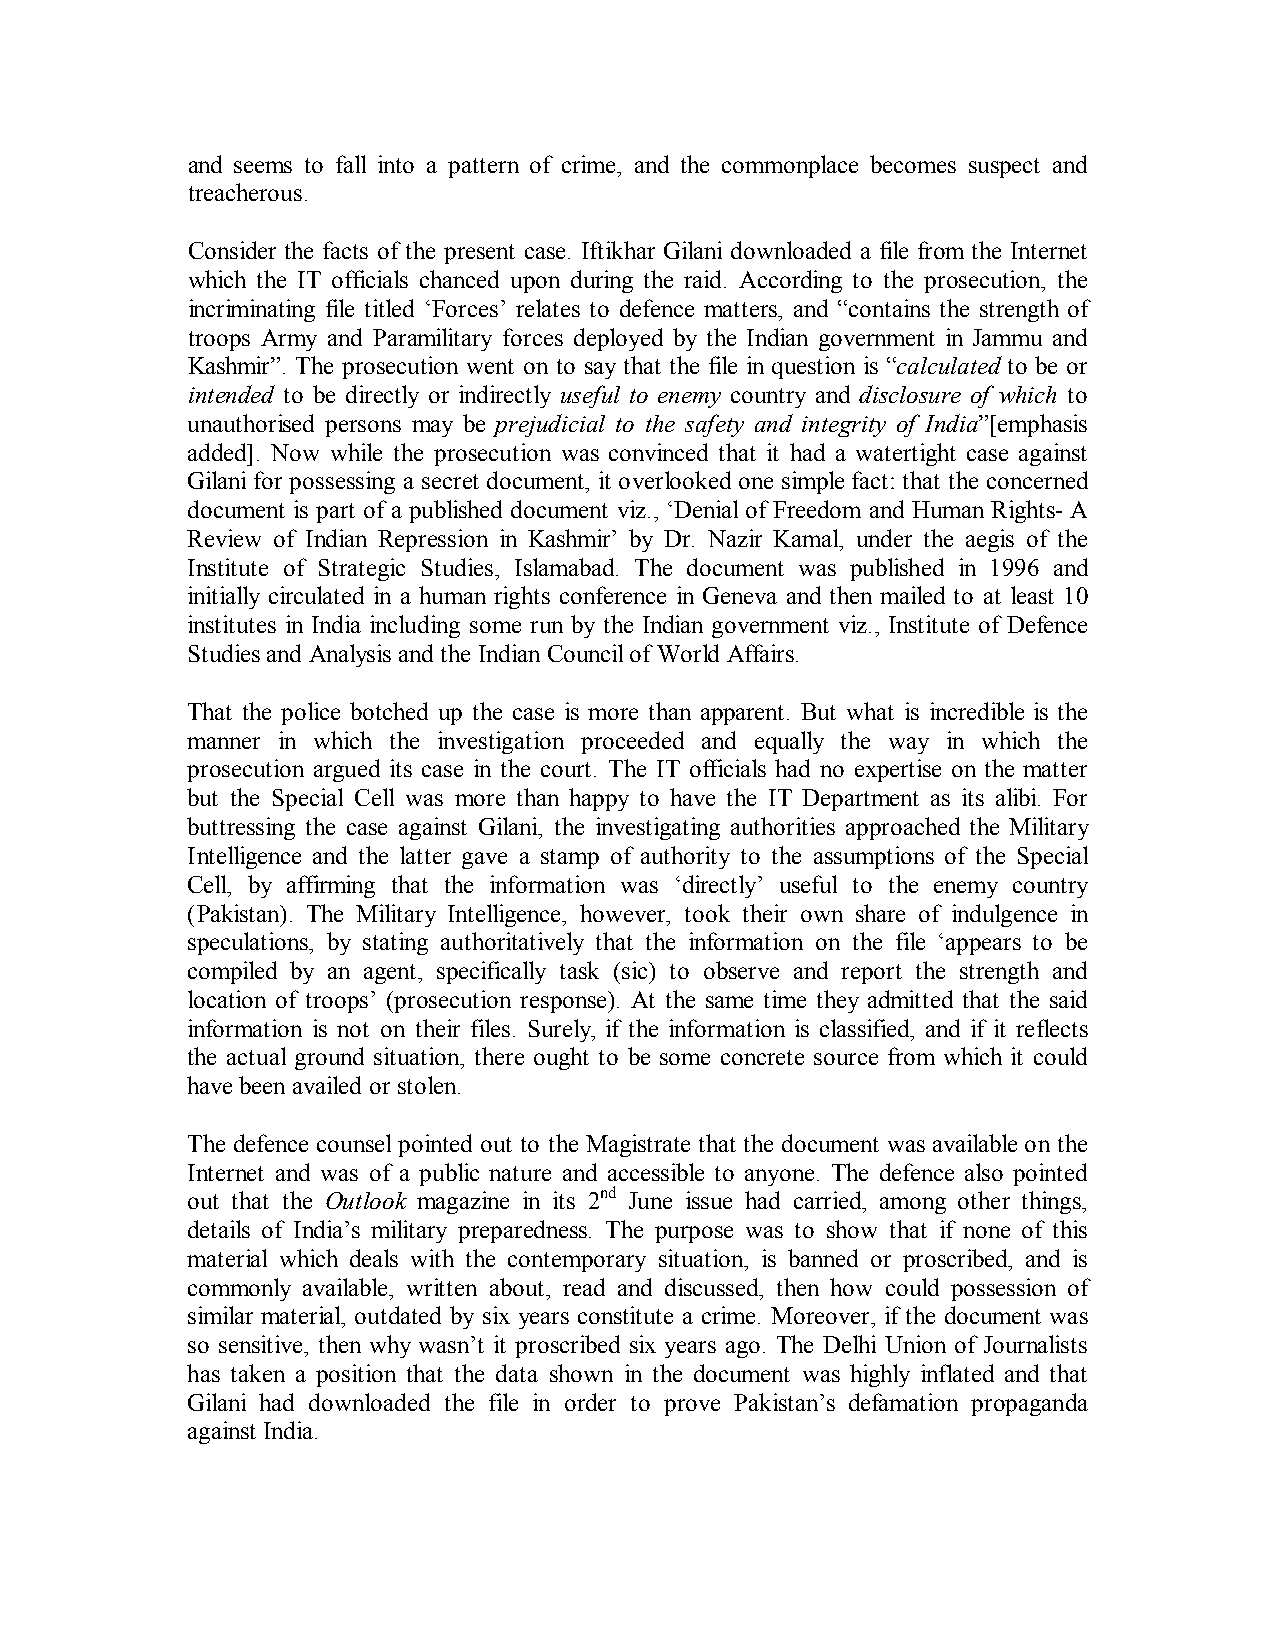
and seems to fall into a pattern of crime, and the commonplace becomes suspect and
 treacherous.
 Consider the facts of the present case. Iftikhar Gilani downloaded a file from the Internet
 which the IT officials chanced upon during the raid. According to the prosecution, the
 incriminating file titled ‘Forces’ relates to defence matters, and “contains the strength of
 troops Army and Paramilitary forces deployed by the Indian government in Jammu and
 Kashmir”. The prosecution went on to say that the file in question is “calculated to be or
 intended to be directly or indirectly useful to enemy country and disclosure of which to
 unauthorised persons may be prejudicial to the safety and integrity of India”[emphasis
 added]. Now while the prosecution was convinced that it had a watertight case against
 Gilani for possessing a secret document, it overlooked one simple fact: that the concerned
 document is part of a published document viz., ‘Denial of Freedom and Human Rights- A
 Review of Indian Repression in Kashmir’ by Dr. Nazir Kamal, under the aegis of the
 Institute of Strategic Studies, Islamabad. The document was published in 1996 and
 initially circulated in a human rights conference in Geneva and then mailed to at least 10
 institutes in India including some run by the Indian government viz., Institute of Defence
 Studies and Analysis and the Indian Council of World Affairs.
 That the police botched up the case is more than apparent. But what is incredible is the
 manner in which the investigation proceeded and equally the way in which the
 prosecution argued its case in the court. The IT officials had no expertise on the matter
 but the Special Cell was more than happy to have the IT Department as its alibi. For
 buttressing the case against Gilani, the investigating authorities approached the Military
 Intelligence and the latter gave a stamp of authority to the assumptions of the Special
 Cell, by affirming that the information was ‘directly’ useful to the enemy country
 (Pakistan). The Military Intelligence, however, took their own share of indulgence in
 speculations, by stating authoritatively that the information on the file ‘appears to be
 compiled by an agent, specifically task (sic) to observe and report the strength and
 location of troops’ (prosecution response). At the same time they admitted that the said
 information is not on their files. Surely, if the information is classified, and if it reflects
 the actual ground situation, there ought to be some concrete source from which it could
 have been availed or stolen.
 The defence counsel pointed out to the Magistrate that the document was available on the
 Internet and was of a public nature and accessible to anyone. The defence also pointed
 out that the Outlook magazine in its 2nd June issue had carried, among other things,
 details of India’s military preparedness. The purpose was to show that if none of this
 material which deals with the contemporary situation, is banned or proscribed, and is
 commonly available, written about, read and discussed, then how could possession of
 similar material, outdated by six years constitute a crime. Moreover, if the document was
 so sensitive, then why wasn’t it proscribed six years ago. The Delhi Union of Journalists
 has taken a position that the data shown in the document was highly inflated and that
 Gilani had downloaded the file in order to prove Pakistan’s defamation propaganda
 against India.